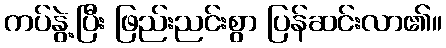
ကပ်နွဲ့ပြီး ဖြည်းညင်းစွာ ပြန်ဆင်းလာ၏။